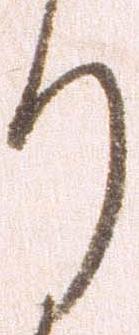
り